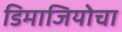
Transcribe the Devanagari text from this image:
डिमाजियोचा